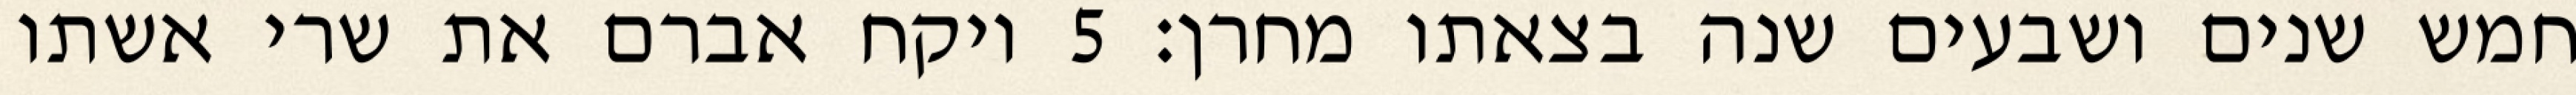
חמש שנים ושבעים שנה בצאתו מחרן׃ ‎5‏ ויקח אברם את שרי אשתו